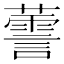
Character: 𱾳